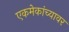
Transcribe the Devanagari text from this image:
एकमेकांच्यावर